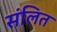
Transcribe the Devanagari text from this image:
संलित